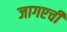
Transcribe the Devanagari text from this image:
जागएची